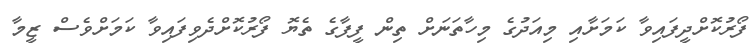
ފޯރުކޮށްދީފައިވާ ކަމަށާއި މިއަދުގެ މިހާތަނަށް ތިން ފީފާގެ ތެޔޮ ފޯރުކޮށްދެވިފައިވާ ކަމަށްވެސް ޒީމާ